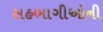
સહભાગીઓની